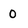
Character: 0